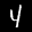
Label: 4